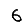
Digit: 6